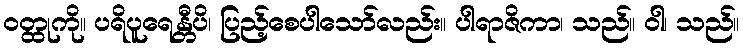
ဝတ္ထုကို။ ပရိပူရေန္တီပိ၊ ပြည့်စေပါသော်လည်း။ ပါရာဇိကာ၊ သည်။ ဝါ၊ သည်။